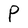
Character: P